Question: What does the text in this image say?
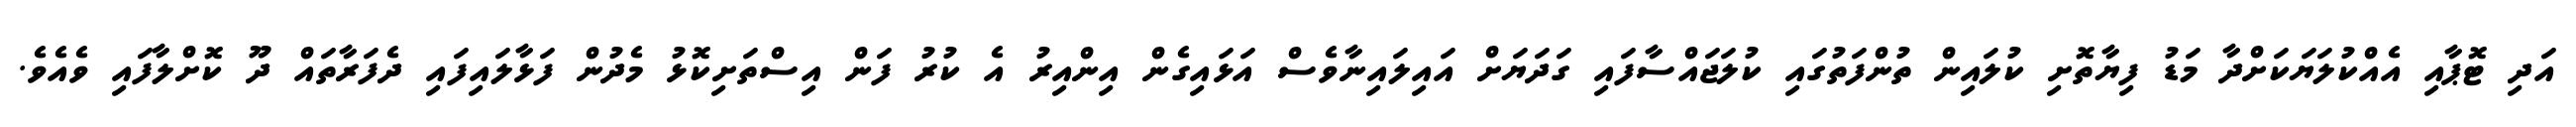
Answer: އަދި ޓޮޕާއި އެއްކުލަޔަކަށްދާ މަޑު ފިޔާތޮށި ކުލައިން ތުންފަތުގައި ކުލަޖައްސާފައި ގަދަޔަށް އައިލައިނާވެސް އަޅައިގެން އިންއިރު އެ ކުރު ފަން އިސްތަށިކޮޅު މެދުން ފަޅާލައިފައި ދެފަރާތައް ދޫ ކޮށްލާފައި ވެއެވެ.